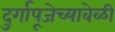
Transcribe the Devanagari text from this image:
दुर्गापूजेच्यावेळी